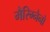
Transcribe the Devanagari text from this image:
मैरिग्नैनो